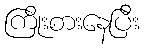
ကြိုးစားနေပြီး